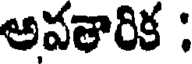
అవతారిక :